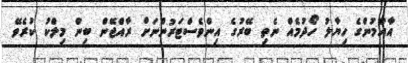
އާއްމުންގެ ހިޔާލު ހޯދުމެއް ނެތި ބޭރުގެ އިންވެސްޓަރުންނަށް ރާއްޖޭން ބިން މިލްކު ކުރެވޭ